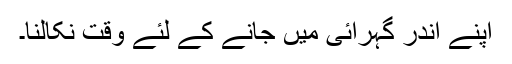
اپنے اندر گہرائی میں جانے کے لئے وقت نکالنا۔